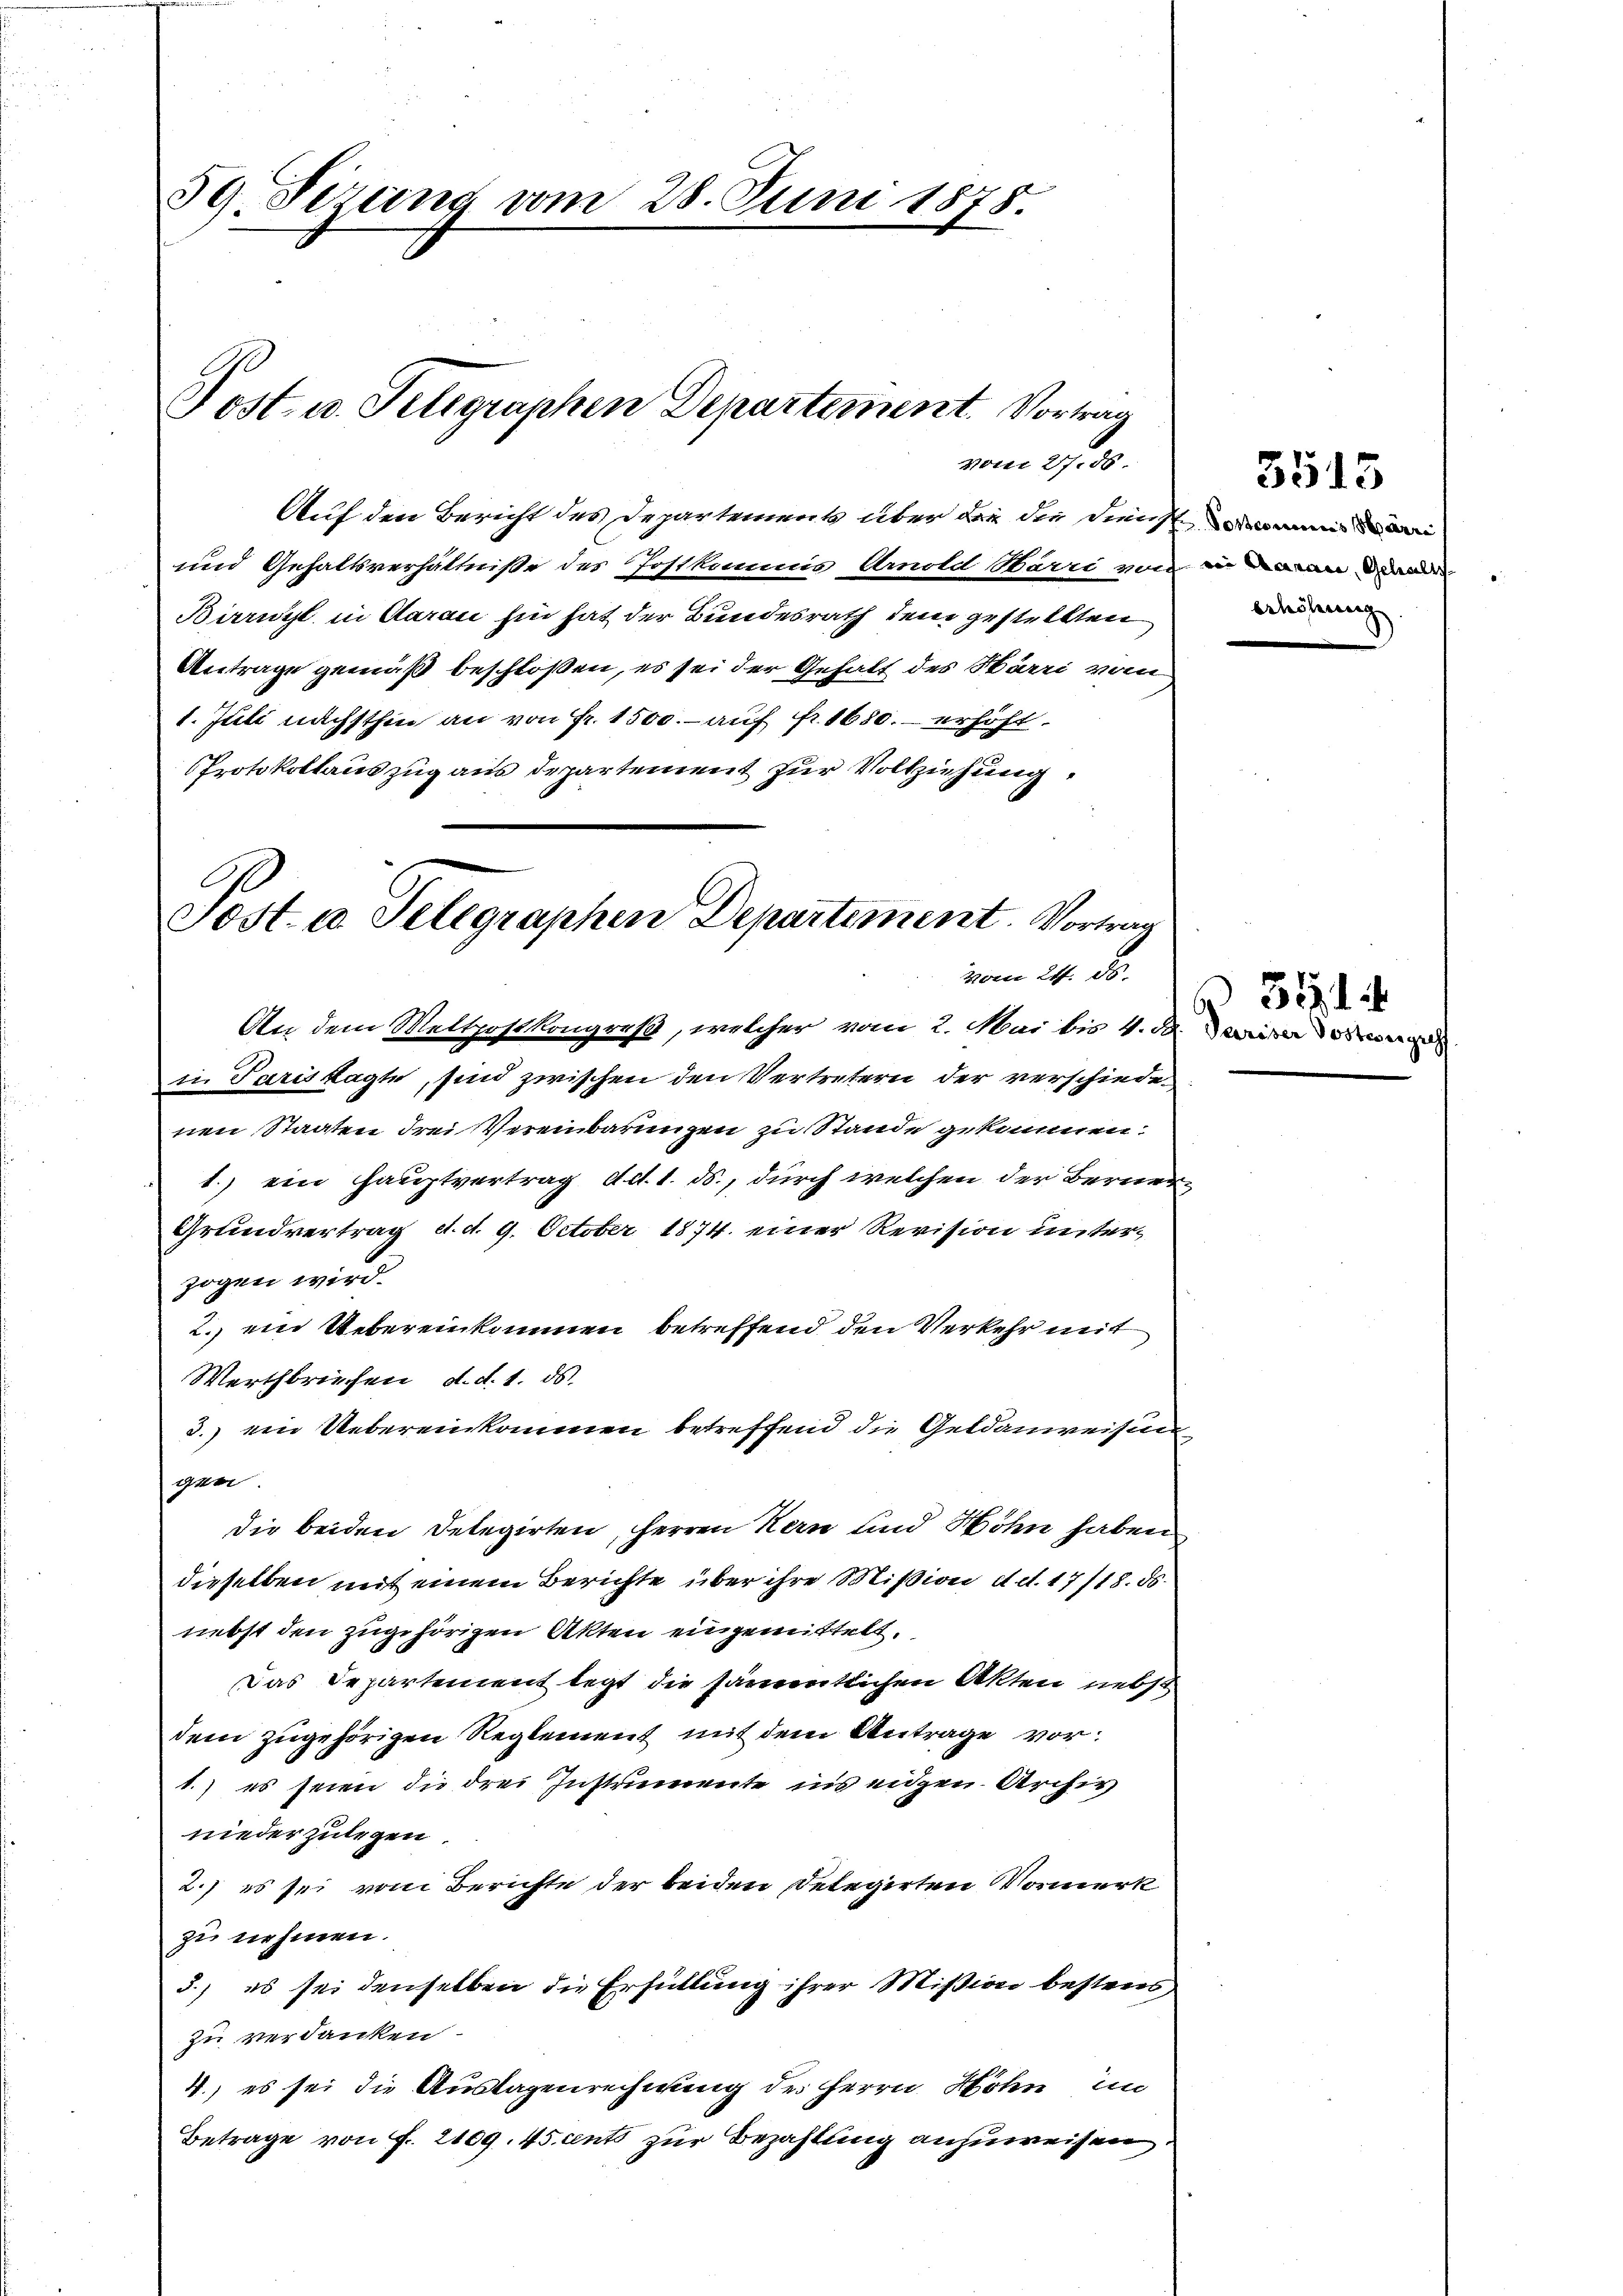
59. Ferung vom 28. Juni 1878.

Post- u. Telegraphen Departement. Vortrag

Auf den Bericht des Departement über der die Dienst
und Gehaltsverhältniße des Postkommis Arnold Barri von in
Biricht in darau hin hat der Bundesrath dem gestellten
Antrage gemäß beschloßen, es sei der Gehalt des Wärei vom
1. Juli nächsthin an von Fr. 1500.- auf fr. 1680. erhöht.
Protokollauszug aus departement zur Vollziehung.

Post. io Telegraphen Departement. Vortrag
vom 24. ds.
An dem Meltpostkongreß, welcher vom 2. Mai bis 4. de
i. Pariskagte, sind zwischen den Vertretern der verschiede¬

vom 27.50.

nen Staaten drei Vereinbarungen zu Stande gekommen:
1.) ein Hauptvertrag ad 1. ds., durch welchen der Berner
Grundvertrag d. d. 9. October 1874. einer Revision unterzogen wird.
2. ein Uebereinkommen betreffend den Verkehr mit
Werthbriefen, d. d. 1. ds.
3.) ein Uebereinkommen betreffend die Geldanweisen
gen.
die beiden Delegirten, Herren Kern und Höhn haben
dieselben mit einem Berichte über ihre Mißion d. d. 17/18. ds.
nebst den zugehörigen Akten eingemittelt.
Das Departement legt die sämentlichen Akten nebst
dem zugehörigen Reglement mit dem Antrage vor:
1.) es seien die drei Instrumente ins eigen Archiv
niederzulegen.
2.) es sei vom Berichte der beiden Delegirten Vormerk
zu nehmen.
5.) es sei denselben die Erfüllung ihrer Mißion bestens
zu verdanken
4., es sei die Auslagenrechnung des Herrn Höhn im
Betrage von f. 2109. 45 cents zur Bezahlung anzuweisen.

brhöhung

5515

Pariser Postere

351